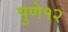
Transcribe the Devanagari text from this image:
पुणे१२